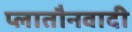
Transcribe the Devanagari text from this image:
प्लातौनवादी